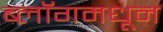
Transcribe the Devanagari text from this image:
ब्लॉगमधून